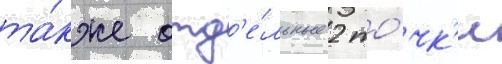
та́кже отд'е́льные 2 то́чк'и